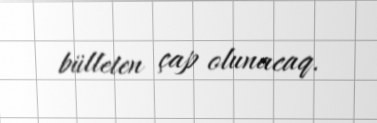
bülleten çap olunacaq.